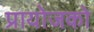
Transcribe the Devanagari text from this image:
प्रायोजको